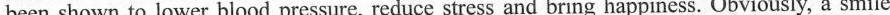
been shown to lower blood pressure, reduce stress and bring happiness. Obviously, a smile